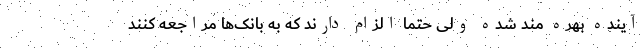
آینده بهره مند شده ولی حتماً الزام دارند که به بانک‌ها مراجعه کنند